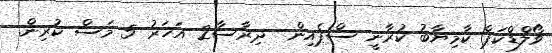
ވޯލްޑްކަޕް ކާމިޔާބު ކުރާނީ ސްޕެއިން  ދިރާސާ2 އަހަރު 5 މަސް ކުރިން.